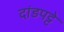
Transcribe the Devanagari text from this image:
दांडपट्टे